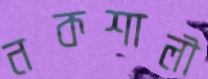
নকশালী